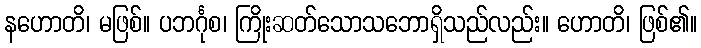
နဟောတိ၊ မဖြစ်။ ပဘင်္ဂုစ၊ ကြိုးဆတ်သောသဘောရှိသည်လည်း။ ဟောတိ၊ ဖြစ်၏။